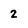
Character: 2